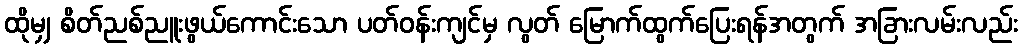
ထိုမျှ စိတ်ညစ်ညူးဖွယ်ကောင်းသော ပတ်ဝန်းကျင်မှ လွတ် မြောက်ထွက်ပြေးရန်အတွက် အခြားလမ်းလည်း